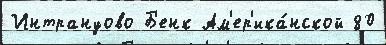
Интрануово Б'енк Ам'ер'ика́нской 80